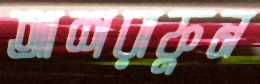
আশরাফুন